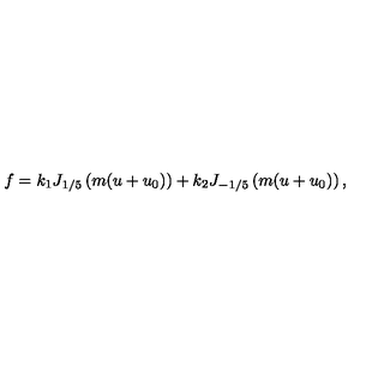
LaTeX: f = k _ { 1 } J _ { 1 / 5 } \left( m ( u + u _ { 0 } ) \right) + k _ { 2 } J _ { - 1 / 5 } \left( m ( u + u _ { 0 } ) \right) ,